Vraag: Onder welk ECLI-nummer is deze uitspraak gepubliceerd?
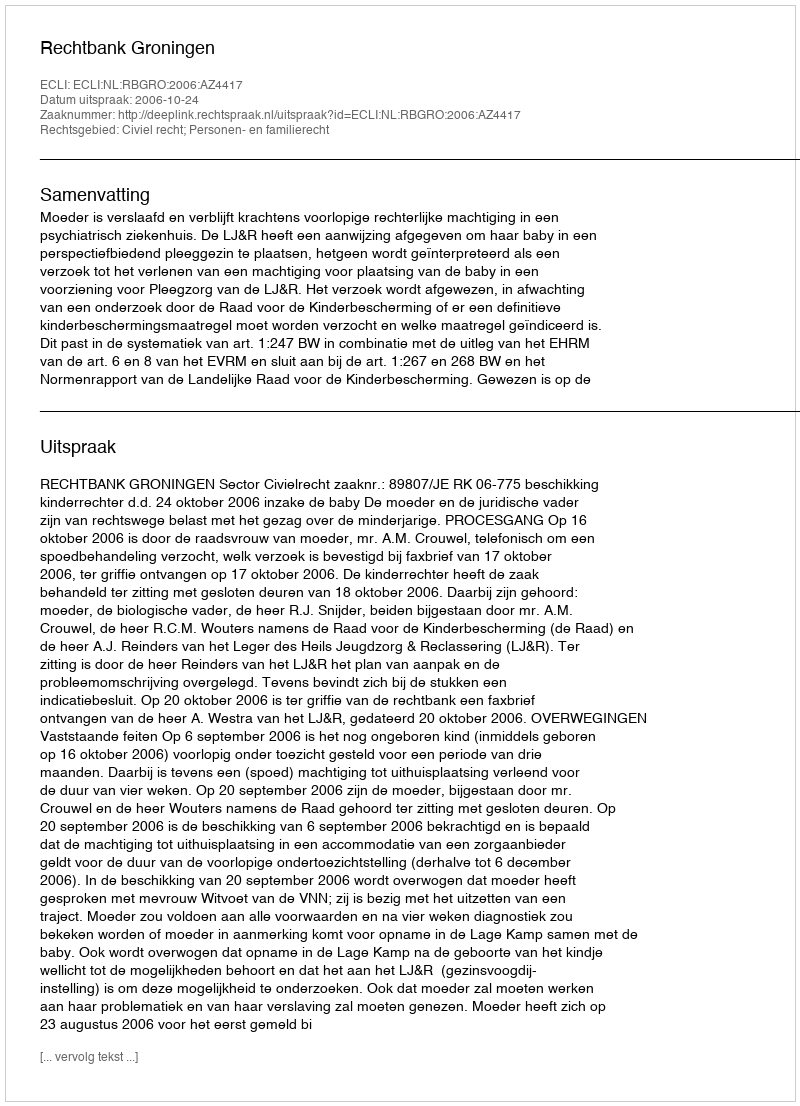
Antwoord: ECLI:NL:RBGRO:2006:AZ4417